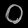
Digit: ၀